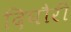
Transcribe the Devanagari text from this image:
दिघौरी